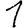
Digit: 1